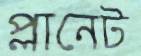
প্লানেট